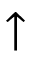
\uparrow